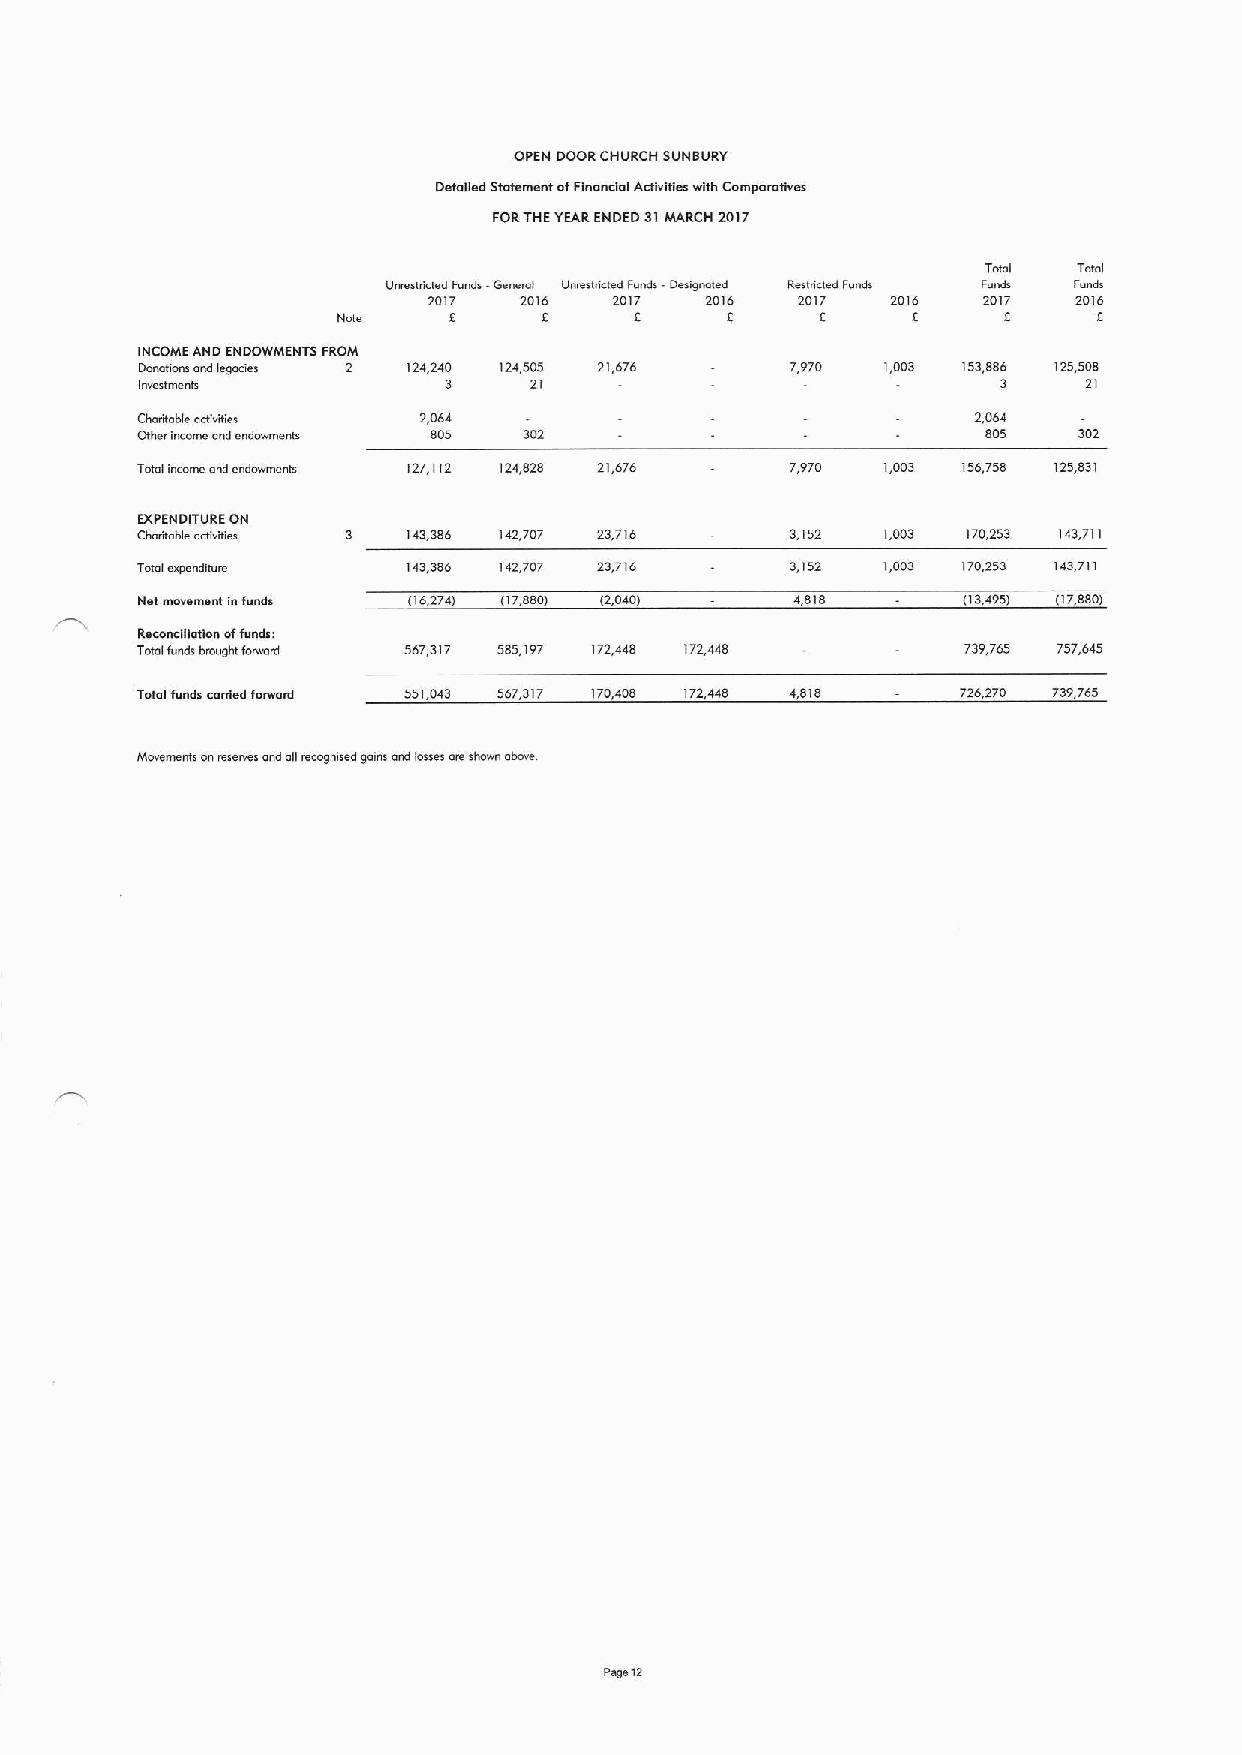
OPEN DOOR CHURCH SUNBURY
 Detailed Statement afFlnonclal Activities with Camparoaves
 FORTHEYEARENDED 31MARCH 20)7
 0 tvmdF rds 0 I U edumdf M -0 g~ d R tadF d FTm dsI FTom dl
 2017  2016   2017  2016  2017  2016  2017  2016
 Nm      8     8     8     8     8     8            8
 INCOME AND ENDOWMENTS FROM
 D*muion ond I g l*s 2 124,240 124,505 21,676 7,970 1,003 153,886 125,508
 tm m              3     21                             3     21
 Ch m bl ai 'tl     2,064                                2,064
 805   302                           805   302
 Total income and endowments 127,112 124,828 21,676 7,970 1,003 156,758 125,831
 EXPENDITURE ON
 Ch 't bl m iti 3  143,386 142,707 23,716   3,152 1,003 170,253 143,711
 Ttt await         143,386 142,707 23,716   3,152 1,003 170,253 143,711
 N*t * *mI t d     (16274) (17,880) 12,040)  4,818      (13,495) (17,8801
 ReconclRatlon offunds:
 Total Mnds bmught fonard 567,317 585,197 172,448 172,448 739,765 757,645
 Tmal fund canted fonvord 551043 567317 170408 172448 4818 726,270 739,765
 Momments ontmesis ond 0m ognised gains and losses oreshown ob
 Pm 12